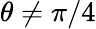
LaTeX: \theta\neq\pi/4